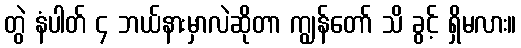
တွဲ နံပါတ် ၄ ဘယ်နားမှာလဲဆိုတာ ကျွန်တော် သိ ခွင့် ရှိမလား။